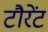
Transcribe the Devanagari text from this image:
टौरेंट